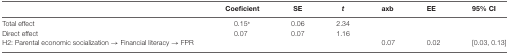
<table><thead><tr><td></td><td><b>Coeficient</b></td><td><b>SE</b></td><td><b><i>t</i></b></td><td><b>axb</b></td><td><b>EE</b></td><td><b>95% CI</b></td></tr></thead><tbody><tr><td>Total effect</td><td>0.15*</td><td>0.06</td><td>2.34</td></tr><tr><td>Direct effect</td><td>0.07</td><td>0.07</td><td>1.16</td></tr><tr><td>H2: Parental economic socialization → Financial literacy → FPR</td><td></td><td></td><td></td><td>0.07</td><td>0.02</td><td>[0.03, 0.13]</td></tr></tbody></table>